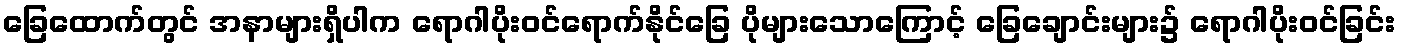
ခြေထောက်တွင် အနာများရှိပါက ရောဂါပိုးဝင်ရောက်နိုင်ခြေ ပိုများသောကြောင့် ခြေချောင်းများ၌ ရောဂါပိုးဝင်ခြင်း